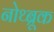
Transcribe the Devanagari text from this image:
नोथ्ब्रूक